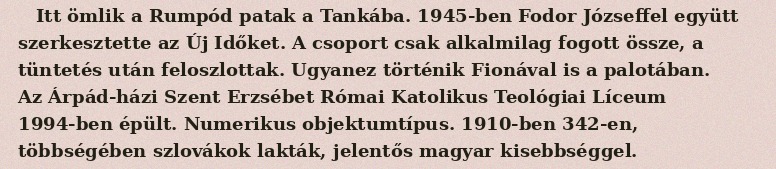
Itt ömlik a Rumpód patak a Tankába. 1945-ben Fodor Józseffel együtt szerkesztette az Új Időket. A csoport csak alkalmilag fogott össze, a tüntetés után feloszlottak. Ugyanez történik Fionával is a palotában. Az Árpád-házi Szent Erzsébet Római Katolikus Teológiai Líceum 1994-ben épült. Numerikus objektumtípus. 1910-ben 342-en, többségében szlovákok lakták, jelentős magyar kisebbséggel.